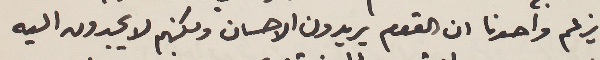
يزعم واحدنا ان القوم يريدون الاحسان ولكنهم لا يجدون اليه